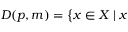
D ( p , m ) = { \big \{ } x \in X \mid x